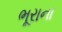
ભૂરાના